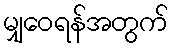
မျှဝေရန်အတွက်